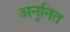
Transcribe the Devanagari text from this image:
अनुनित